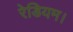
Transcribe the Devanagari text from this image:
रेडियम।